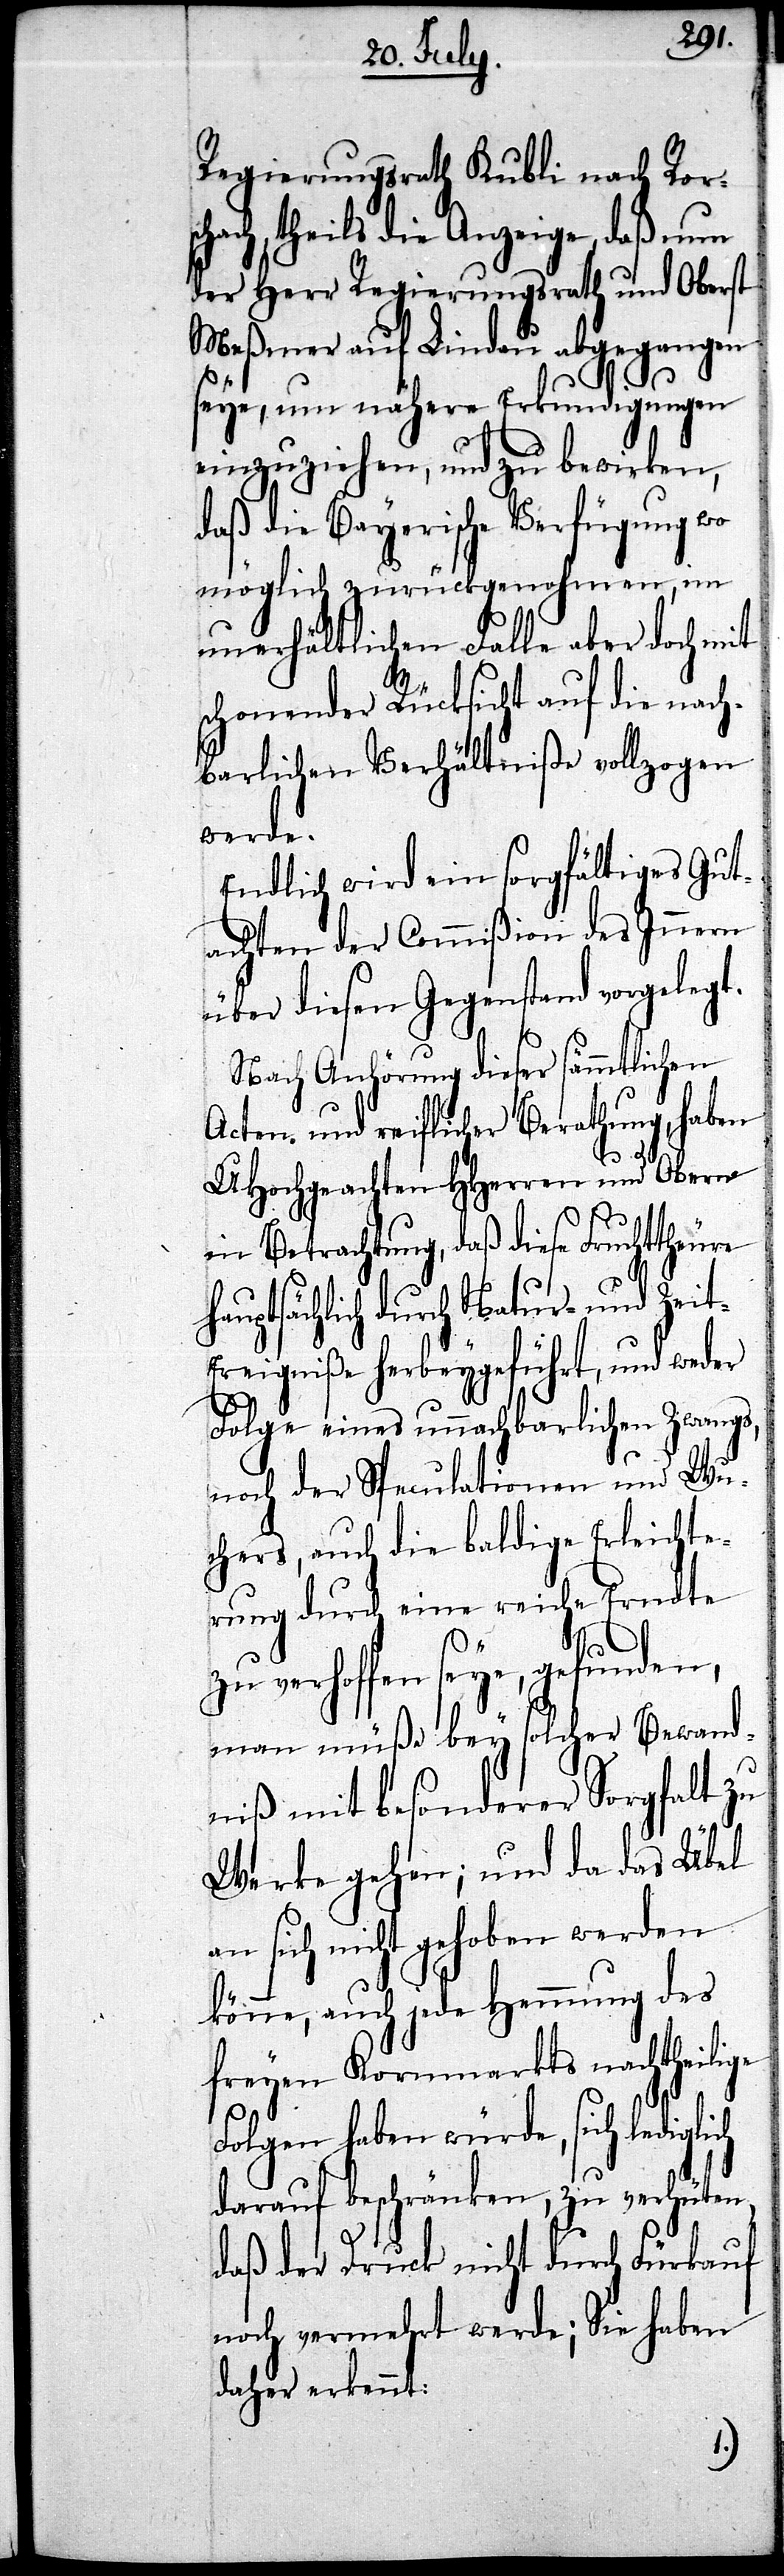
h¬
Regierungsrath Kubli nach Rors¬
chach, theils die Anzeige, daß nun
der Herr Regierungsrath und Oberst
Meßmer auf Lindau abgegangen
seye, um nähere Erkundigungen
einzuziehen, und zu bewirken,
daß die Bayerische Verfügung wo
möglich zurückgenohmen, im
unerhältlichen Falle aber doch mit
schonender Rücksicht auf die nach¬
barlichen Verhältniße vollzogen
werde.
Endlich wird ein sorgfältiges Gut¬
achten der Commißion des Innern
über diesen Gegenstand vorgelegt.
Nach Anhörung dieser sämmtlichen
Acten und reiflicher Berathung, haben
UHochgeachten HHerren und Obern
in Betrachtung, daß diese Fruchttheure
auptsächlich durch Natur- und Zei¬
t-Ereigniße herbeygeführt, und weder
Folge eines unnachbarlichen Zwangs,
noch der Speculationen und Wu¬
cher, auch die baldige Erleichte¬
rung durch eine reiche Erndte
verhoffen seye, gefunden,
man müße bey solcher Bewand¬
niß mit besonderer Sorgfalt zu
Werke gehen; und da das Übel
an sich nicht gehoben werden
könne, auch jede Hemmung des
freyen Kornmarkts nachtheilige
Folgen haben würde, sich lediglich
darauf beschränken, zu verhüten,
daß der Druck nicht durch Fürkauf
noch vermehrt werde; Sie haben
daher ekennt: